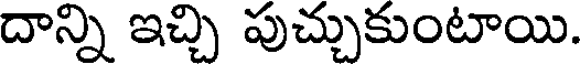
దాన్ని ఇచ్చి పుచ్చుకుంటాయి.